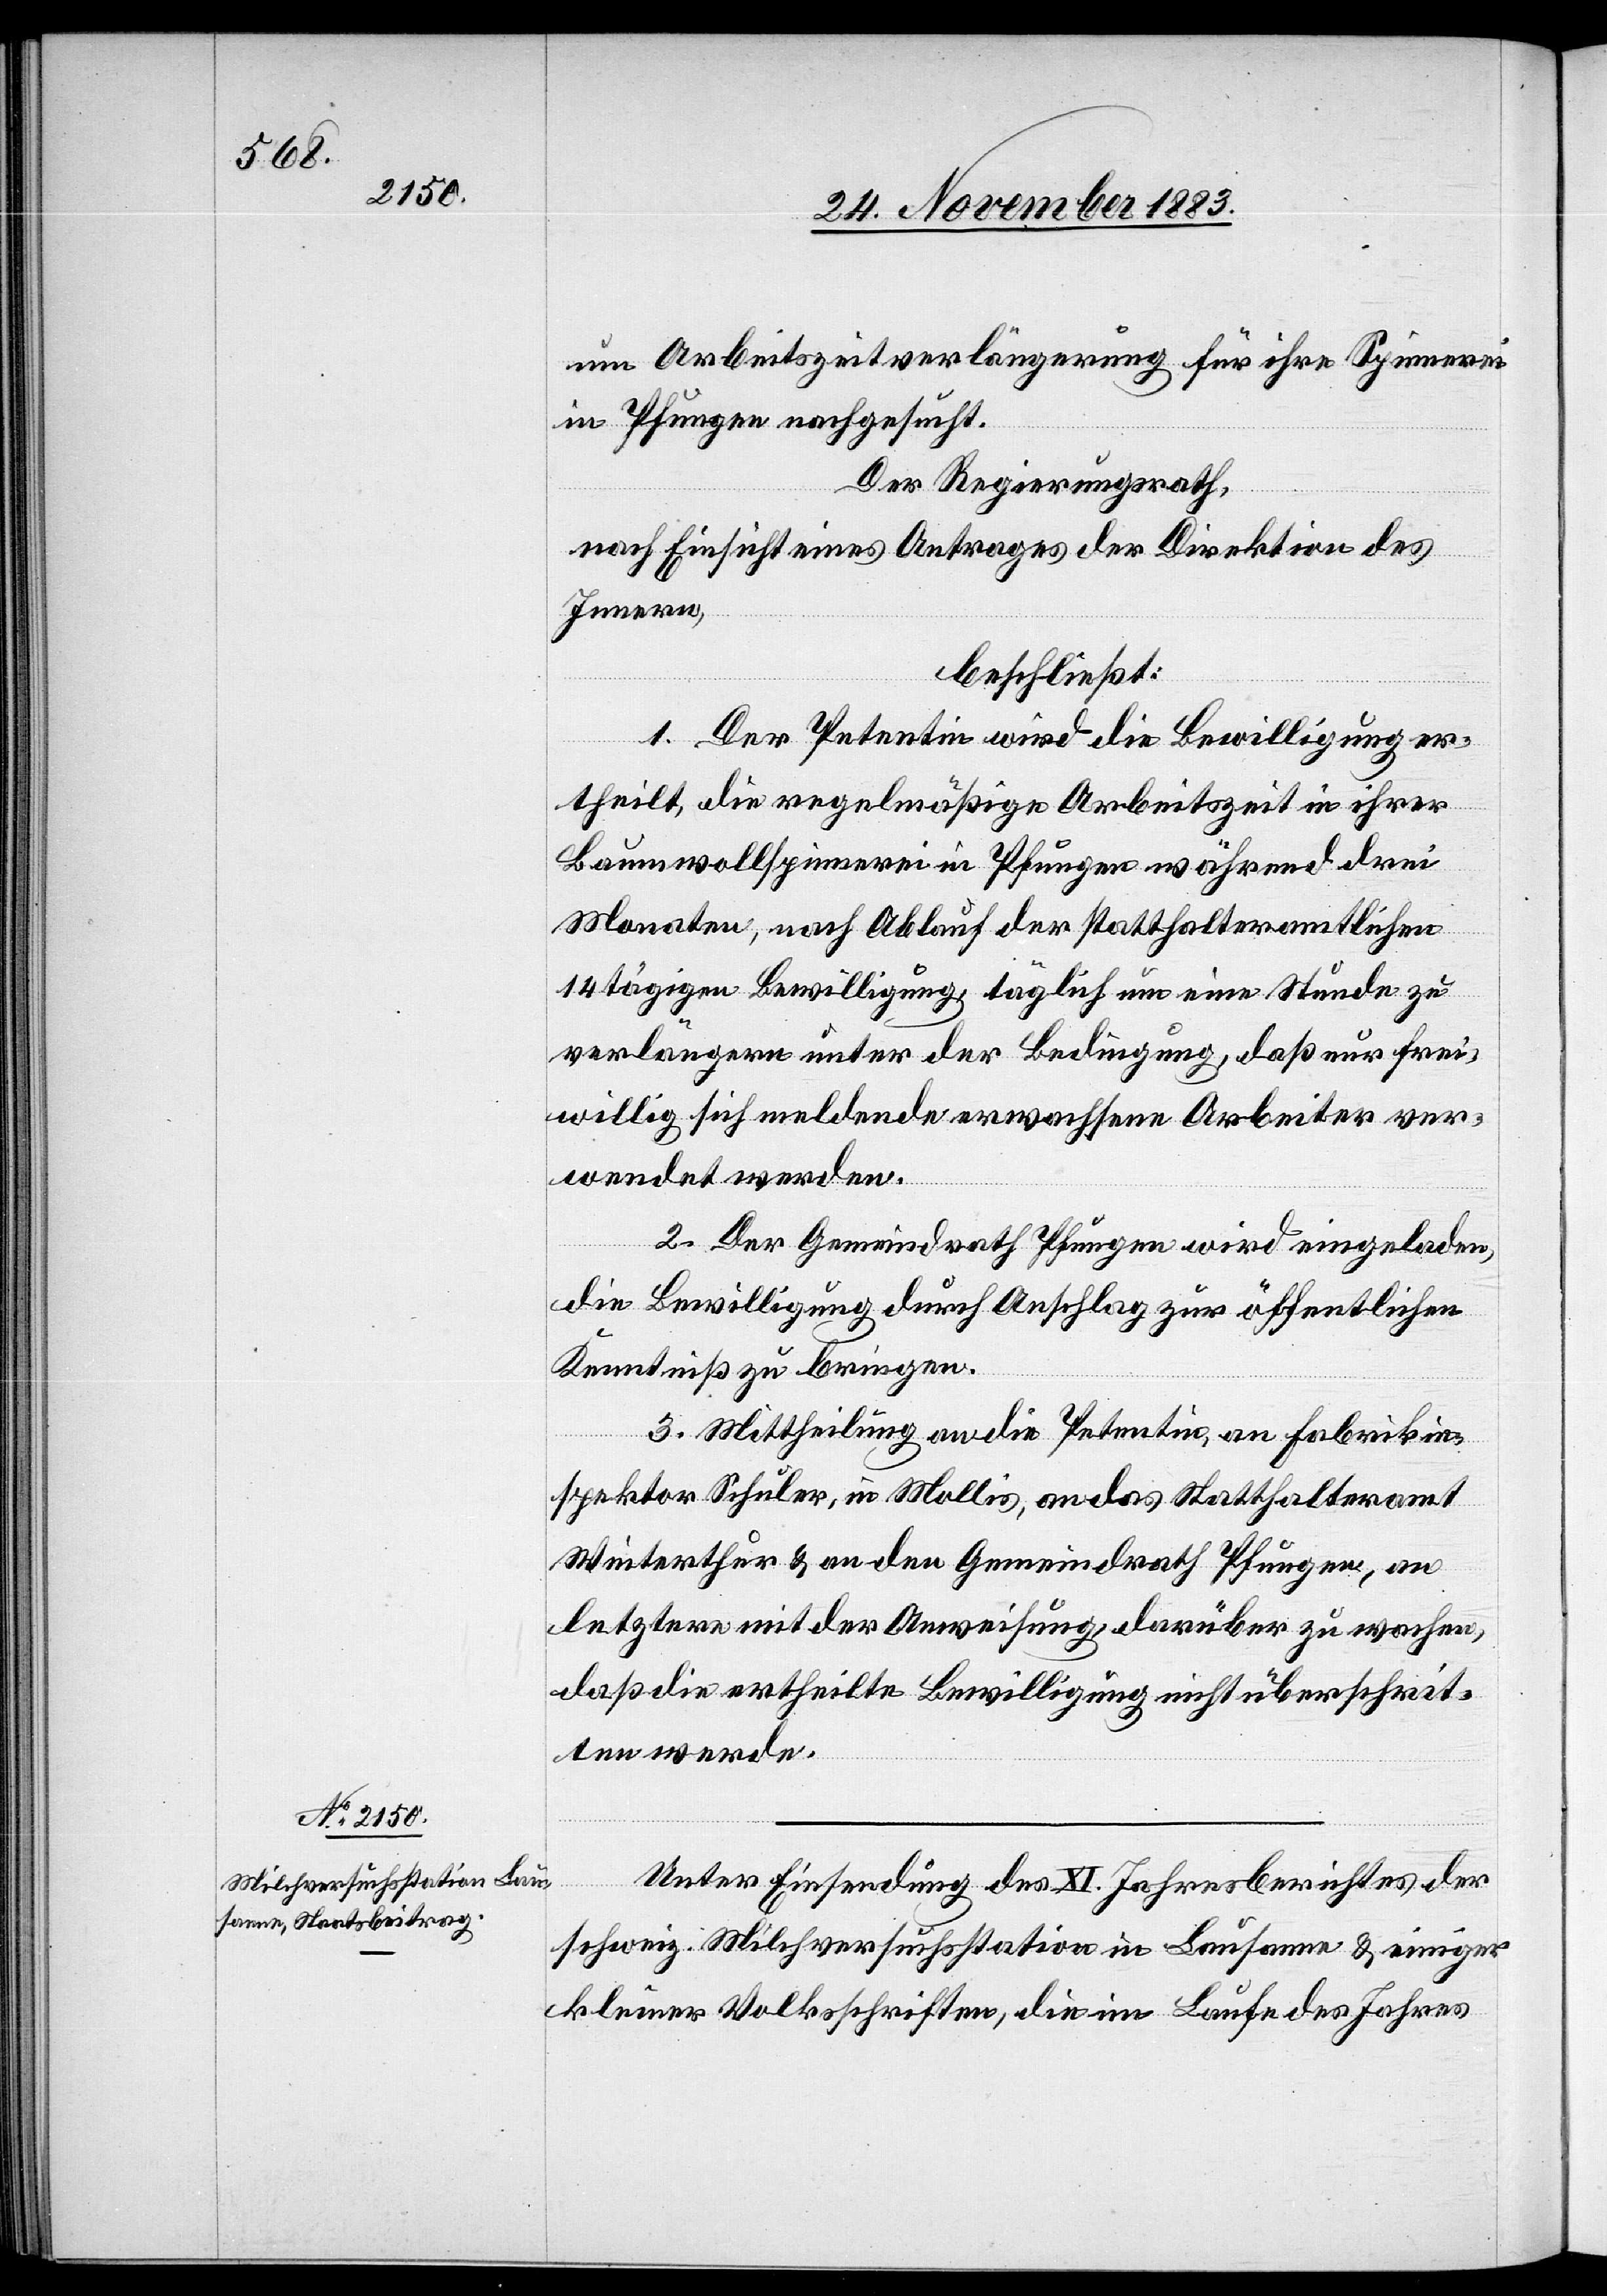
um Arbeitszeitverlängerung für ihre Spinnerei
in Pfungen nachgesucht.
Der Regierungsrath,
nach Einsicht eines Antrages der Direktion des
Innern,
beschließt:
1. Der Petentin wird die Bewilligung er¬
theilt, die regelmäßige Arbeitszeit in ihrer
Baumwollspinnerei in Pfungen während drei
Monaten, nach Ablauf der statthalteramtlichen
14 tägigen Bewilligung, täglich um eine Stunde zu
verlängern unter der Bedingung, daß nur frei¬
willig sich meldende erwachsene Arbeiter ver¬
wendet werden.
2. Der Gemeindrath Pfungen wird eingeladen,
die Bewilligung durch Anschlag zur öffentlichen
Kenntniß zu bringen.
3. Mittheilung an die Petentin, an Fabrikin¬
spektor Schuler, in Mollis, an das Statthalteramt
Winterthur & an den Gemeindrath Pfungen, an
letztere mit der Anweisung darüber zu wachen,
daß die ertheilte Bewilligung nicht überschrit¬
ten werde.
Unter Einsendung des XI. Jahresberichtes der
schweiz. Milchversuchsstation in Lausanne & einiger
kleiner Volksschriften, die im Laufe des Jahres